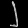
Digit: ၂